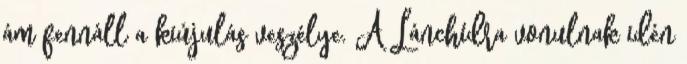
ám fennáll a kiújulás veszélye. A Lánchídra vonulnak idén